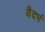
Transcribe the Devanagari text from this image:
वैदर्भ